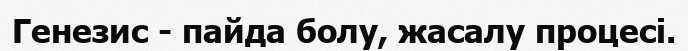
Генезис - пайда болу, жасалу процесі.